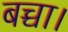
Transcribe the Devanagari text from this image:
बच्चा।